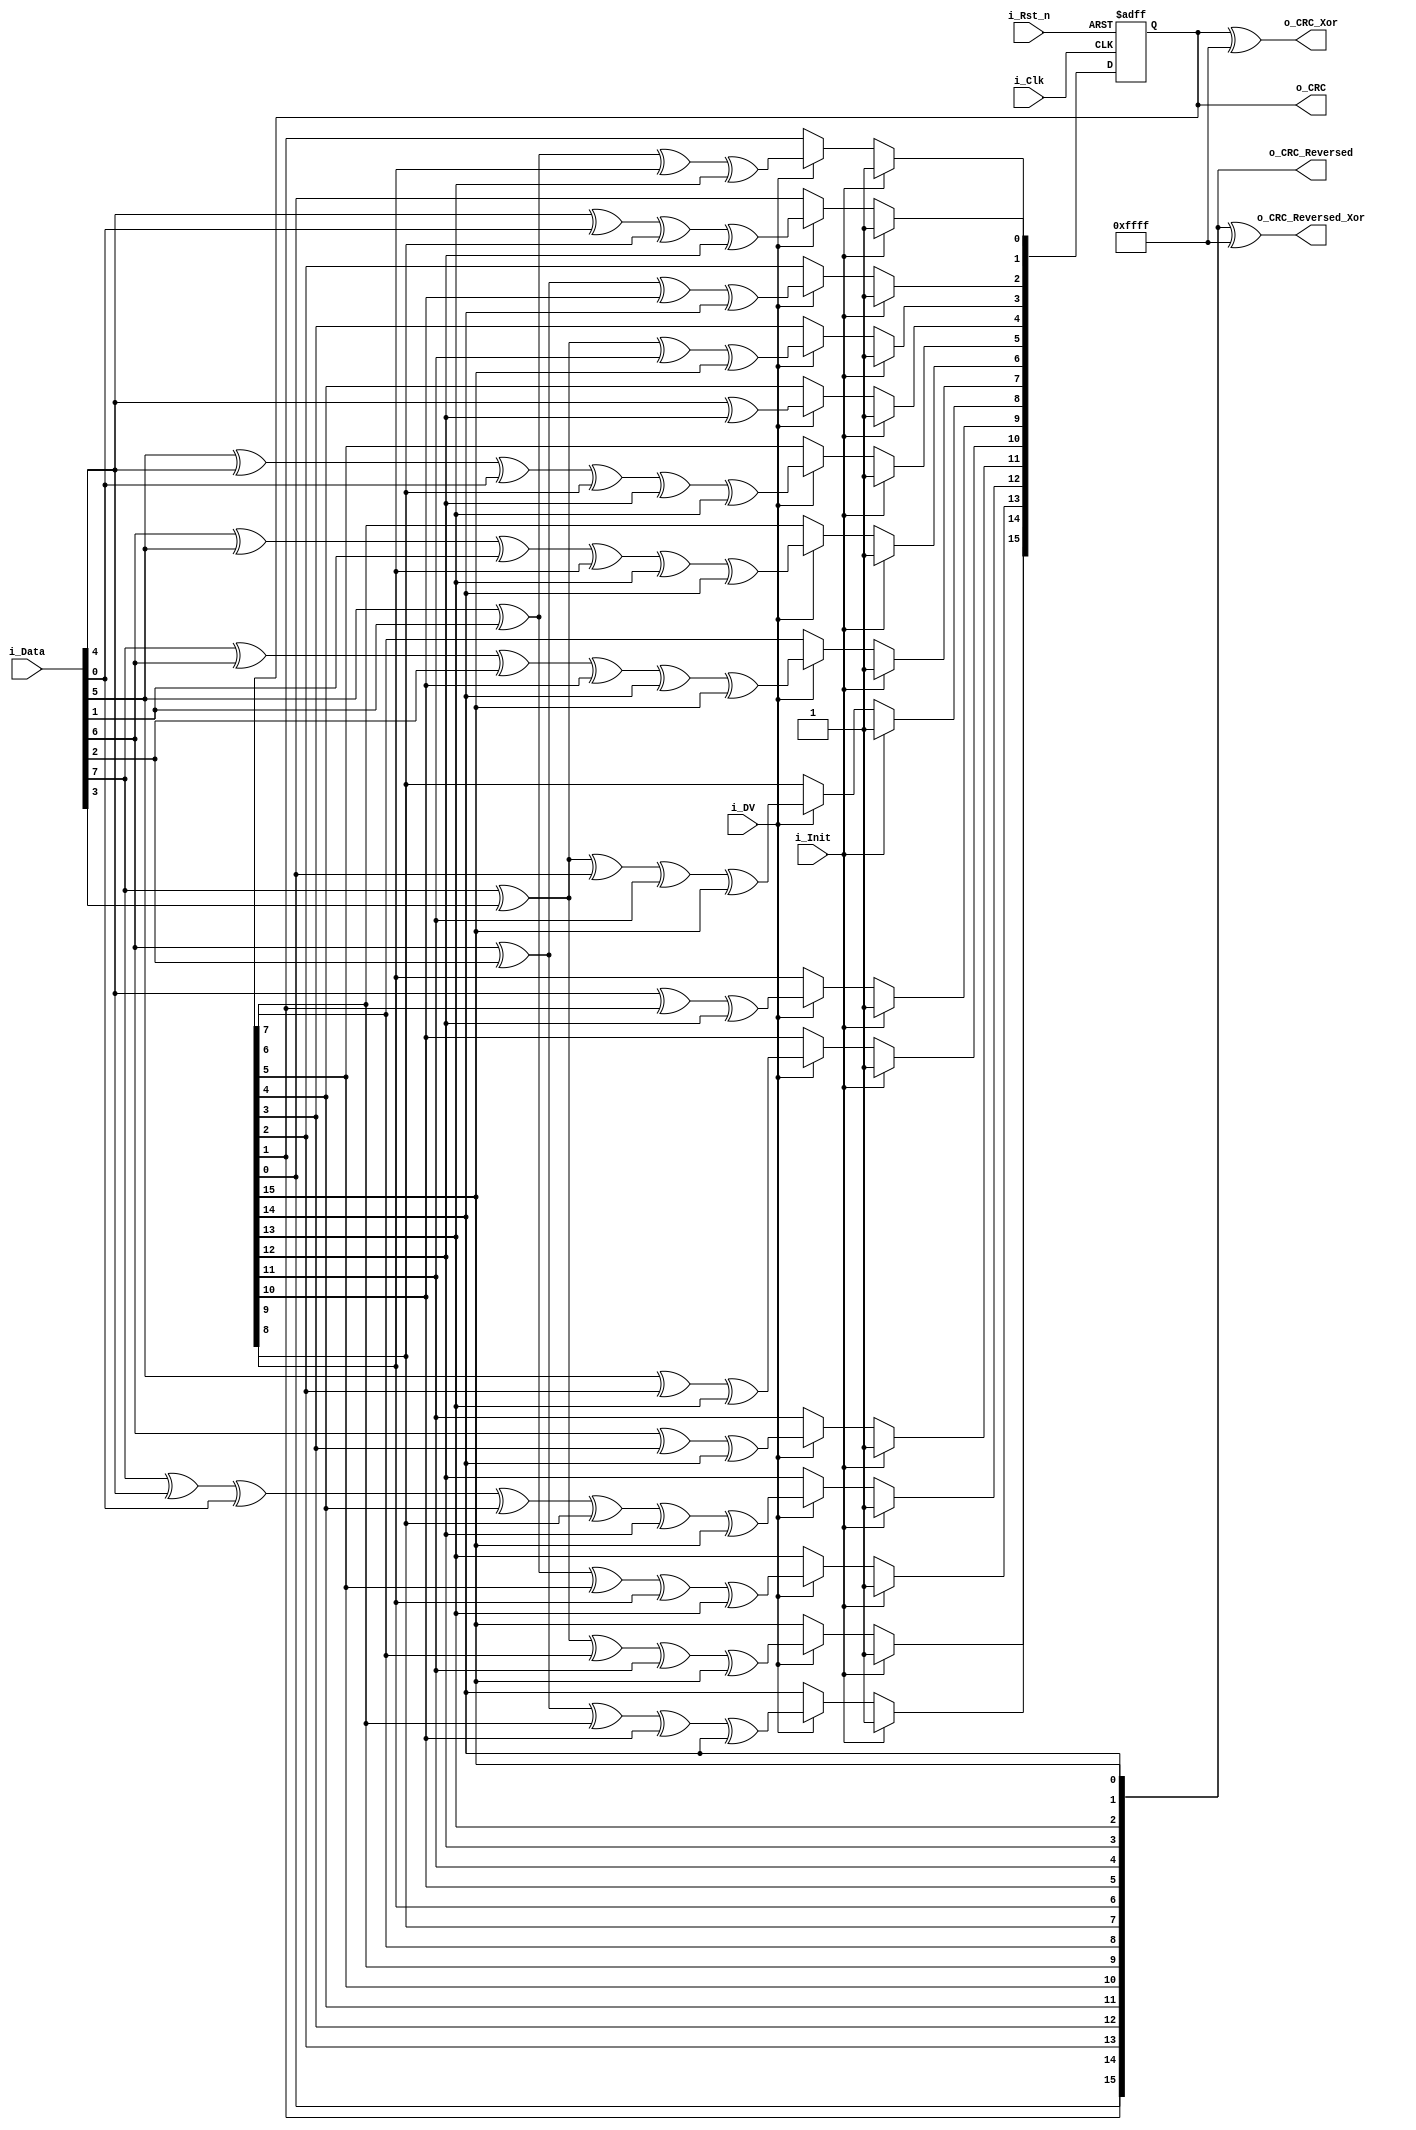
//////////////////////////////////////////////////////////////////////////////
// Performs CRC-16-CCITT on input bytes.
// Polynomial is f(x) = x^16+x^12+x^5+1
// In FPGA it's a linear feedback shift register (LFSR).
// Set i_Init to initialize CRC to 0xFFFF (initial value).
// Drive DV when input byte is valid.
// CRC output will be maintained when i_Init and i_DV are low.
//////////////////////////////////////////////////////////////////////////////
module CRC_16_CCITT_Parallel
  (
   input i_Clk,
   input i_Rst_n,
   input i_Init,
   input i_DV,
   input [7:0] i_Data,
   output [15:0] o_CRC,
   output [15:0] o_CRC_Reversed,
   output [15:0] o_CRC_Xor,
   output [15:0] o_CRC_Reversed_Xor
   );

  reg [15:0] r_CRC;

  // CRC Control logic
  always @ (posedge i_Clk or negedge i_Rst_n)
  begin
    if (~i_Rst_n)
      r_CRC <= 16'hFFFF;
    else
    begin
      if (i_Init)
        r_CRC <= 16'hFFFF;
      else if (i_DV)
      begin
        r_CRC[0]  <= i_Data[4] ^ i_Data[0] ^ r_CRC[8] ^ r_CRC[12];
        r_CRC[1]  <= i_Data[5] ^ i_Data[1] ^ r_CRC[9] ^ r_CRC[13];
        r_CRC[2]  <= i_Data[6] ^ i_Data[2] ^ r_CRC[10] ^ r_CRC[14];
        r_CRC[3]  <= i_Data[7] ^ i_Data[3] ^ r_CRC[11] ^ r_CRC[15];
        r_CRC[4]  <= i_Data[4] ^ r_CRC[12];
        r_CRC[5]  <= i_Data[5] ^ i_Data[4] ^ i_Data[0] ^ r_CRC[8] ^ r_CRC[12] ^ r_CRC[13];
        r_CRC[6]  <= i_Data[6] ^ i_Data[5] ^ i_Data[1] ^ r_CRC[9] ^ r_CRC[13] ^ r_CRC[14];
        r_CRC[7]  <= i_Data[7] ^ i_Data[6] ^ i_Data[2] ^ r_CRC[10] ^ r_CRC[14] ^ r_CRC[15];
        r_CRC[8]  <= i_Data[7] ^ i_Data[3] ^ r_CRC[0] ^ r_CRC[11] ^ r_CRC[15];
        r_CRC[9]  <= i_Data[4] ^ r_CRC[1] ^ r_CRC[12];
        r_CRC[10] <= i_Data[5] ^ r_CRC[2] ^ r_CRC[13];
        r_CRC[11] <= i_Data[6] ^ r_CRC[3] ^ r_CRC[14];
        r_CRC[12] <= i_Data[7] ^ i_Data[4] ^ i_Data[0] ^ r_CRC[4] ^ r_CRC[8] ^ r_CRC[12] ^ r_CRC[15];
        r_CRC[13] <= i_Data[5] ^ i_Data[1] ^ r_CRC[5] ^ r_CRC[9] ^ r_CRC[13];
        r_CRC[14] <= i_Data[6] ^ i_Data[2] ^ r_CRC[6] ^ r_CRC[10] ^ r_CRC[14];
        r_CRC[15] <= i_Data[7] ^ i_Data[3] ^ r_CRC[7] ^ r_CRC[11] ^ r_CRC[15];
      end
    end
  end

  assign o_CRC = r_CRC;
  assign o_CRC_Reversed = {r_CRC[0], r_CRC[1], r_CRC[2], r_CRC[3], r_CRC[4],  r_CRC[5],
                           r_CRC[6], r_CRC[7], r_CRC[8], r_CRC[9], r_CRC[10], r_CRC[11],
                           r_CRC[12],r_CRC[13],r_CRC[14],r_CRC[15]};

  // Sometimes this is important
  assign o_CRC_Xor  = o_CRC ^ 16'hFFFF;

  assign o_CRC_Reversed_Xor = o_CRC_Reversed ^ 16'hFFFF;

endmodule // CRC_16_CCITT_Parallel